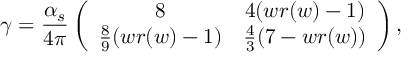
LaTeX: \gamma = \frac { \alpha _ { s } } { 4 \pi } \left( \begin{array} { c c } { { 8 } } & { { 4 ( w r ( w ) - 1 ) } } \\ { { \frac 8 9 ( w r ( w ) - 1 ) } } & { { \frac 4 3 ( 7 - w r ( w ) ) } } \end{array} \right) ,